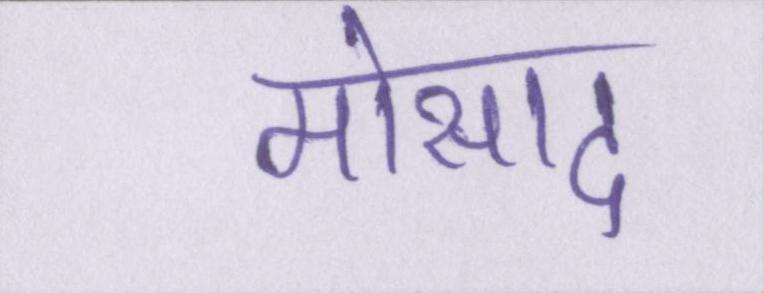
मोसाद